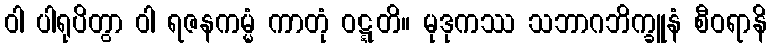
ဝါ ပါရုပိတွာ ဝါ ရဇနကမ္မံ ကာတုံ ဝဋ္ဋတိ။ မုဒုကဿ သဘာဂဘိက္ခူနံ စီဝရာနိ